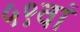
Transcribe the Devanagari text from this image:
५९वां